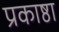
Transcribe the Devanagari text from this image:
प्रकाष्ठा